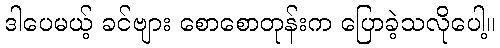
ဒါပေမယ့် ခင်ဗျား စောစောတုန်းက ပြောခဲ့သလိုပေါ့။